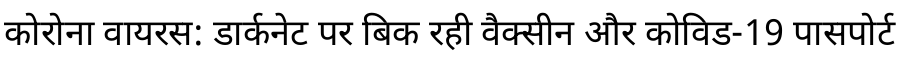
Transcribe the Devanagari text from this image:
कोरोना वायरस: डार्कनेट पर बिक रही वैक्सीन और कोविड-19 पासपोर्ट